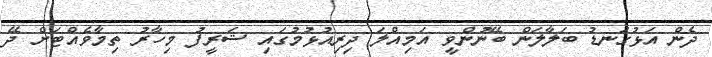
ދެން އަޅުގަނޑު ބަލާލަން ބޭނުންވީ އަމިއްލަ ދިރިއުޅުމުގައި ޝަރީފު މިހާރު ތިމާވެއްޓަށް ދޭ